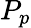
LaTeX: P_{p}